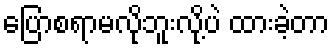
ပြောစရာမလိုဘူးလို့ပဲ ထားခဲ့တာ